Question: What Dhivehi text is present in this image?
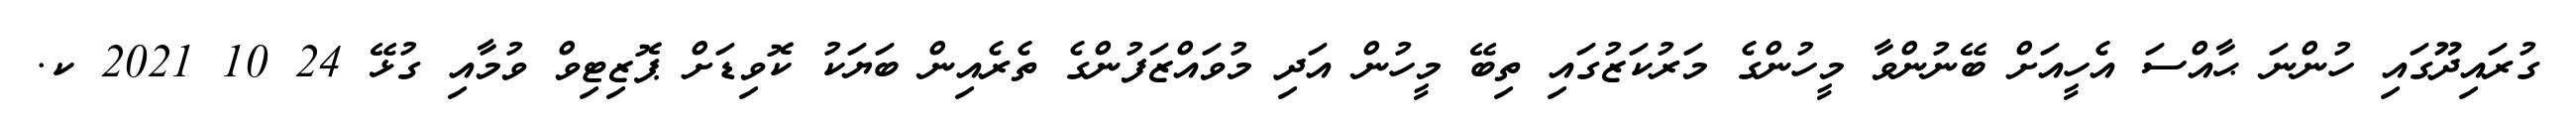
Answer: ގުރައިދޫގައި ހުންނަ ޙާއްސަ އެހީއަށް ބޭނުންވާ މީހުންގެ މަރުކަޒުގައި ތިބޭ މީހުން އަދި މުވައްޒަފުންގެ ތެރެއިން ބަޔަކު ކޮވިޑަށް ޕޮޒިޓިވް ވުމާއި ގުޅޭ 24 10 2021 ކ.